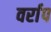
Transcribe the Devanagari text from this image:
वर्राप